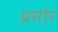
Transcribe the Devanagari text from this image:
प्रयोर